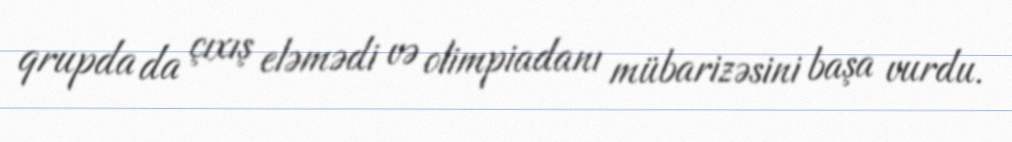
qrupda da çıxış eləmədi və olimpiadanı mübarizəsini başa vurdu.